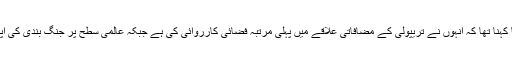
دوسری جانب ایل این اے کا کہنا تھا کہ انہوں نے تریپولی کے مضافاتی علاقے میں پہلی مرتبہ فضائی کارروائی کی ہے جبکہ عالمی سطح پر جنگ بندی کی اپیلوں کو نظر انداز کردیا گیا۔